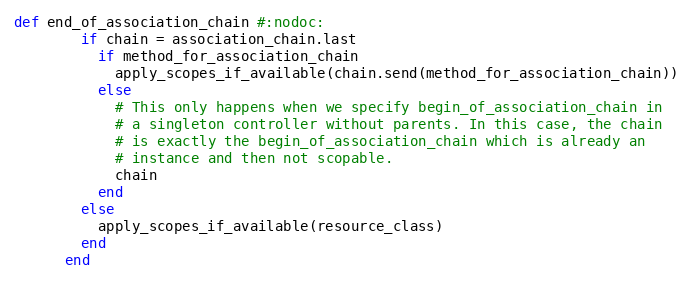
Language: Ruby
def end_of_association_chain #:nodoc:
        if chain = association_chain.last
          if method_for_association_chain
            apply_scopes_if_available(chain.send(method_for_association_chain))
          else
            # This only happens when we specify begin_of_association_chain in
            # a singleton controller without parents. In this case, the chain
            # is exactly the begin_of_association_chain which is already an
            # instance and then not scopable.
            chain
          end
        else
          apply_scopes_if_available(resource_class)
        end
      end